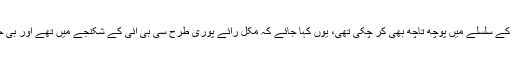
ان سے سی بی آئی اور ای ڈی نے ناردا اسٹنگ جانچ کے سلسلے میں پوچھ تاچھ بھی کر چکی تھی، یوں کہا جائے کہ مکل رائے پوری طرح سی بی آئی کے شکنجے میں تھے اور بی جے پی انھیں بھرشٹ بتانے میں تھک نہیں رہی تھی۔